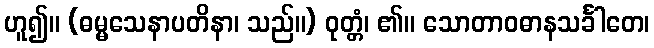
ဟူ၍။ (ဓမ္မသေနာပတိနာ၊ သည်။) ဝုတ္တံ၊ ၏။ သောတာဝဓာနသင်္ခါတေ၊